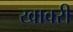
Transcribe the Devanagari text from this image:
खावरी